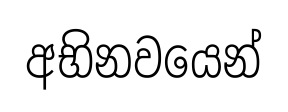
අභිනවයෙන්